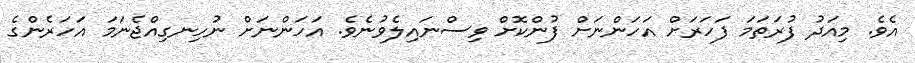
އެވެ. މިއަދު ފުރަތަމަ ފަހަރަށް އަހަންނަށް ފުންކޮށް ވިސްނައިލެވުނެވެ. އަހަންނަށް ނުހިނގިއްޖެނަމަ އަހަރެންގެ